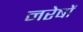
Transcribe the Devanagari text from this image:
नरेषों